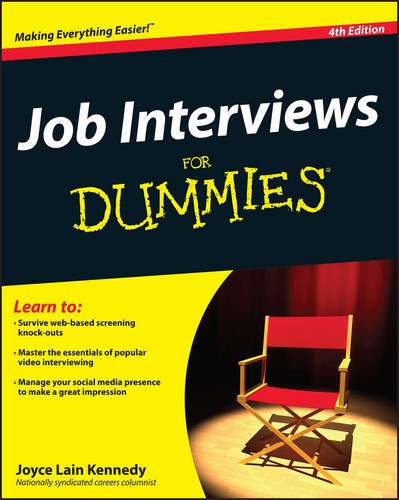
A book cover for Job Interviews For Dummies; Joyce Lain Kennedy; Business & Money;